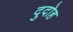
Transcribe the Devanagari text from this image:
दुदोह